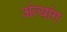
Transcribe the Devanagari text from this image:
अंत्यांग